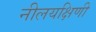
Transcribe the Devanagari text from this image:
नीलयक्षिणी